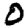
Digit: 0